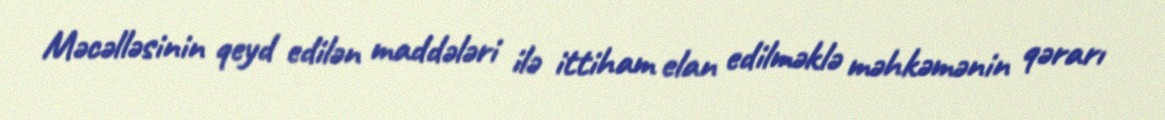
Məcəlləsinin qeyd edilən maddələri ilə ittiham elan edilməklə məhkəmənin qərarı